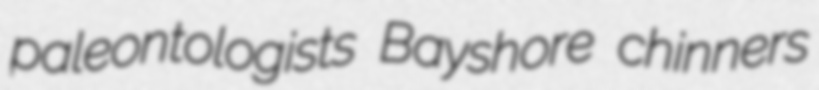
paleontologists Bayshore chinners